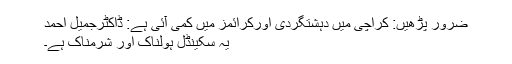
ضرور پڑھیں: کراچی میں دہشتگردی اورکرائمز میں کمی آئی ہے: ڈاکٹرجمیل احمد
یہ سکینڈل ہولناک اور شرمناک ہے۔